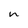
Character: n